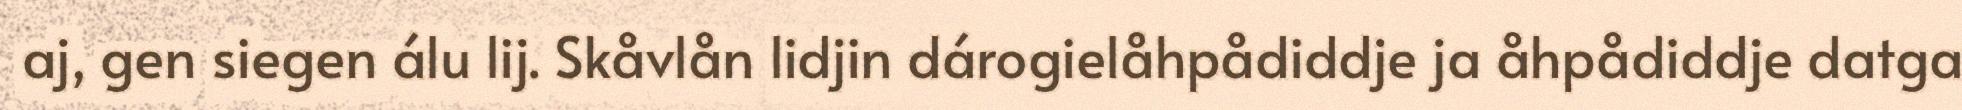
aj, gen siegen álu lij. Skåvlån lidjin dárogielåhpådiddje ja åhpådiddje datga